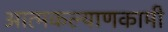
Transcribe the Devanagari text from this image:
आत्मकल्याणकामी